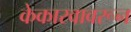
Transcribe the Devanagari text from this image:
केकारवावरून